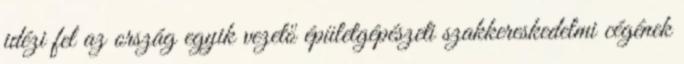
idézi fel az ország egyik vezető épületgépészeti szakkereskedelmi cégének